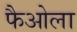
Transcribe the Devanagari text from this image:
फैओला